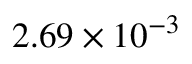
2 . 6 9 \times 1 0 ^ { - 3 }